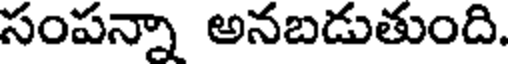
సంపన్నా అనబడుతుంది.